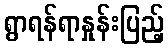
ရွာရန်ရာနှုန်းပြည့်